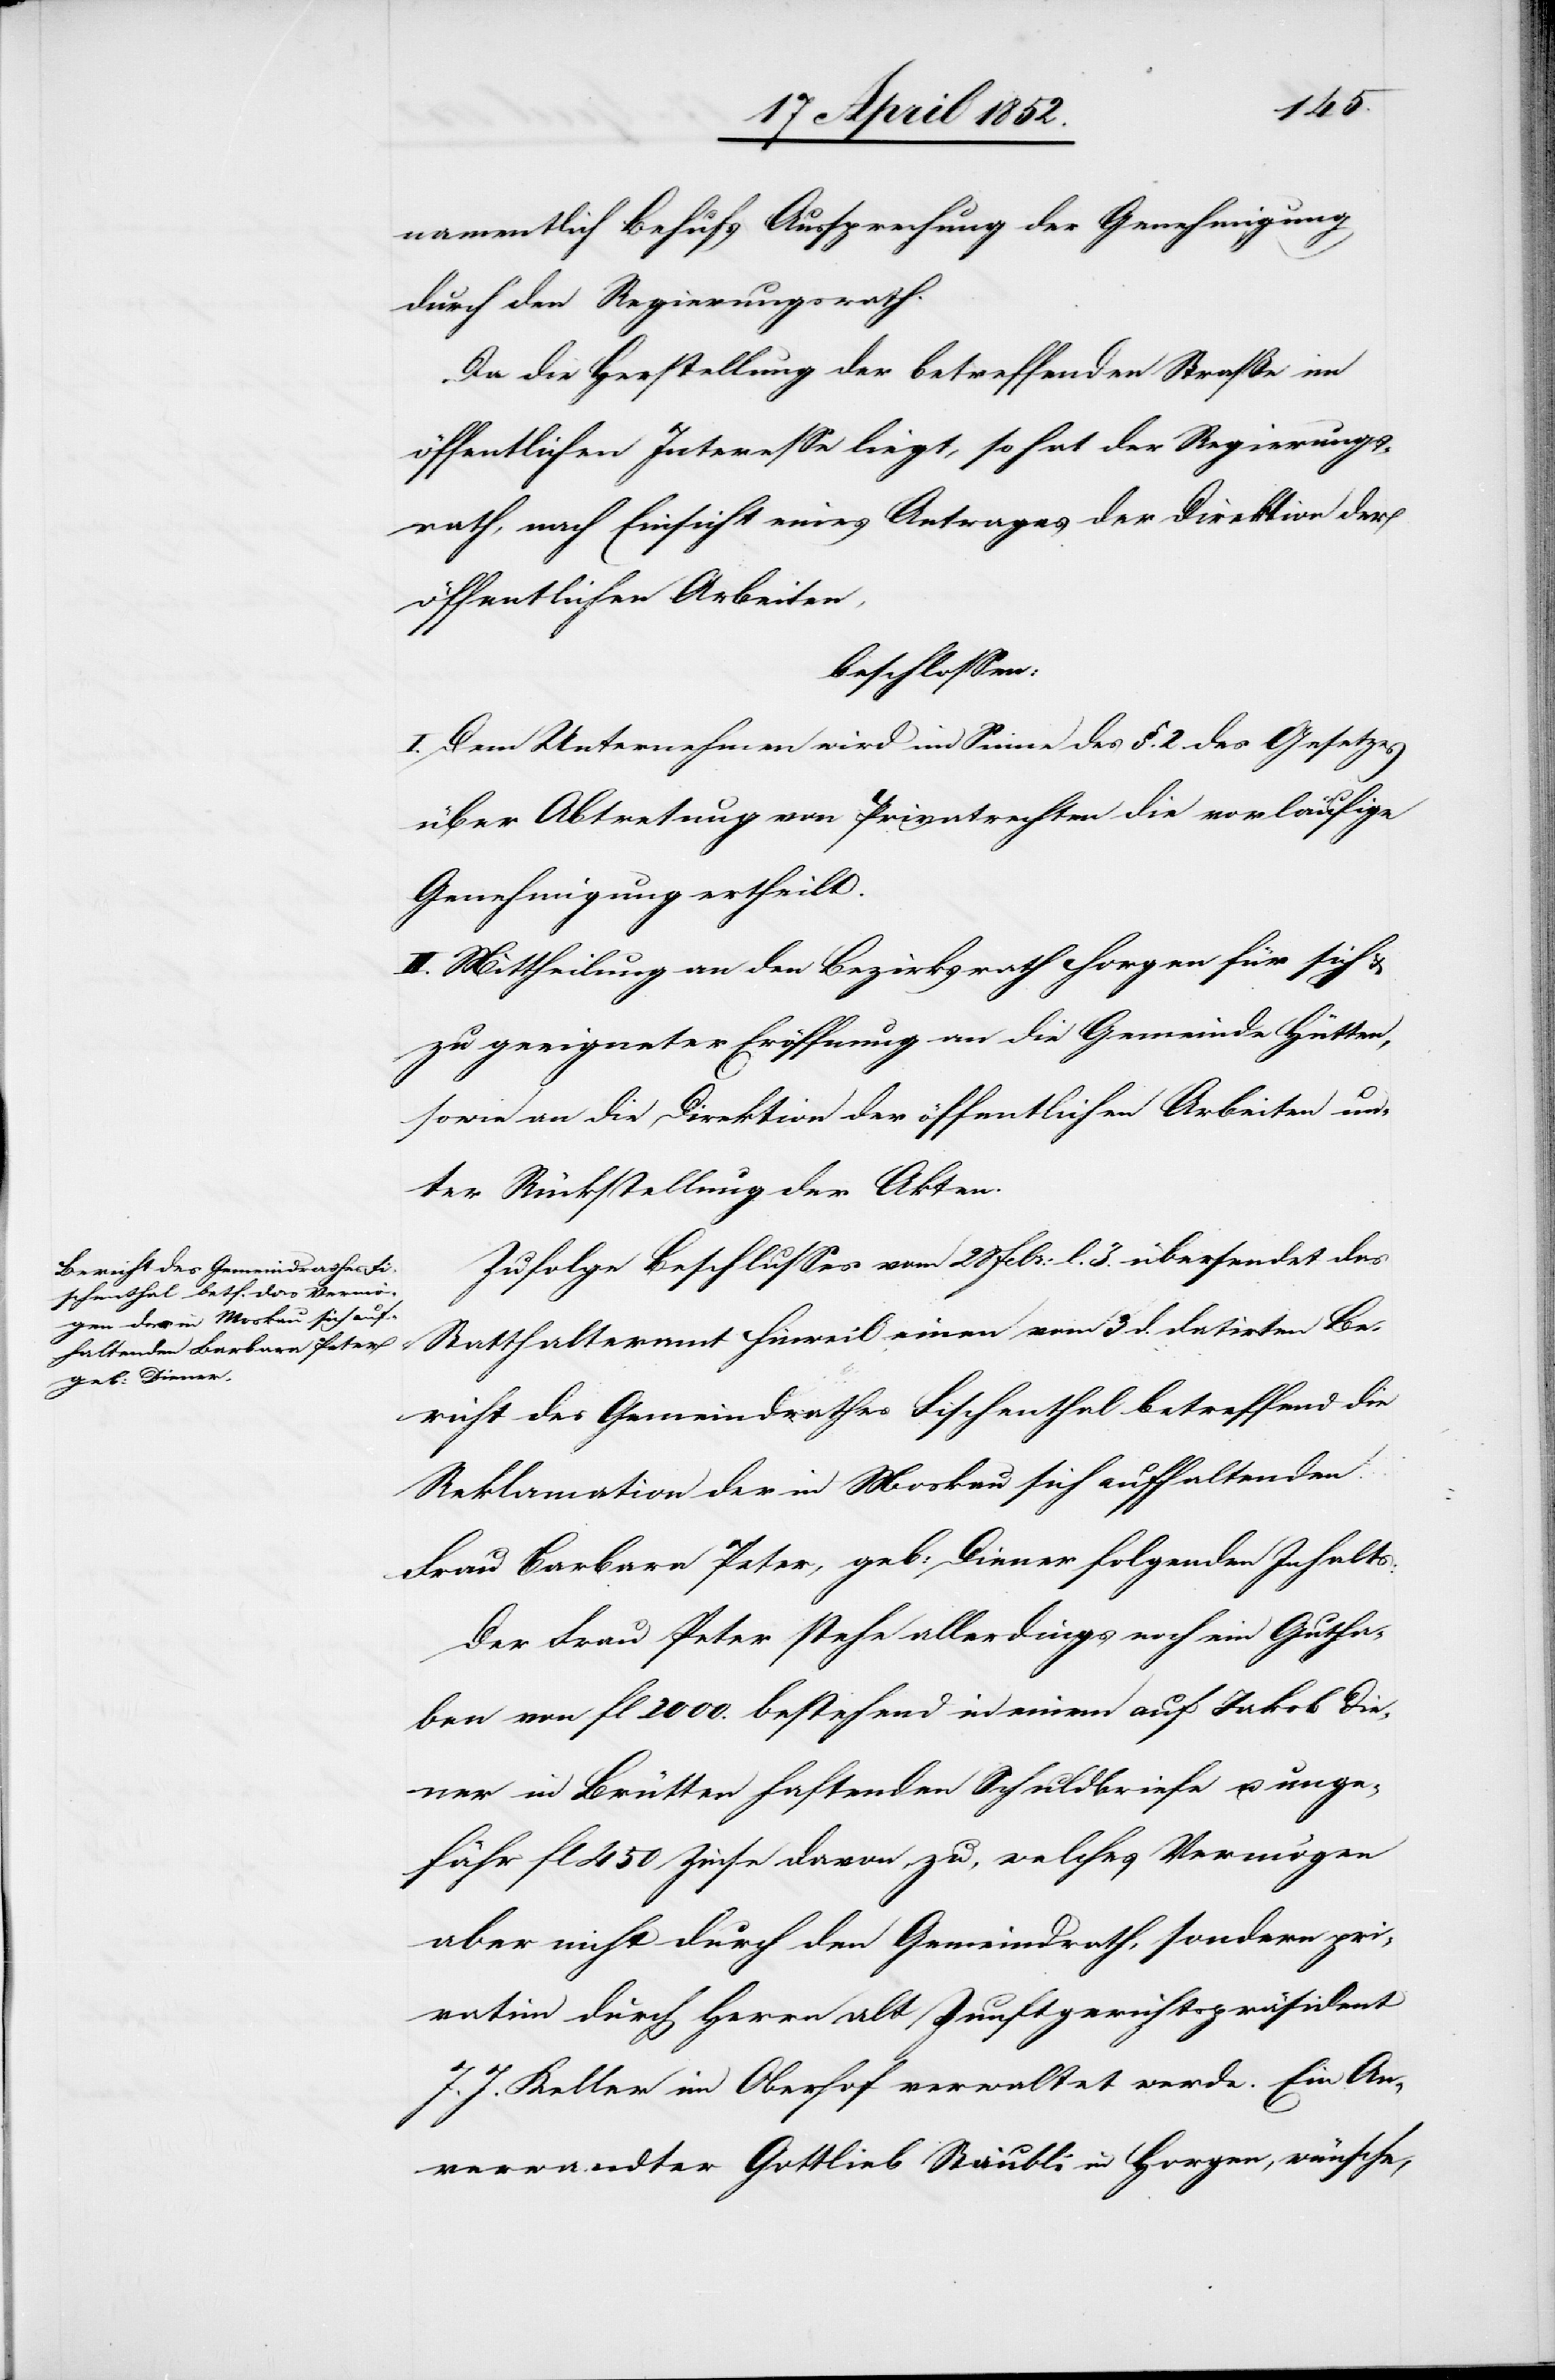
namentlich Behufs Aussprechung der Genehmigung
durch den Regierungsrath.
Da die Herstellung der betreffenden Straße im
öffentlichen Interesse liegt, so hat der Regierungs¬
rath, nach Einsicht eines Antrages der Direktion der
öffentlichen Arbeiten,
beschlossen:
I. Dem Unternehmen wird im Sinne des §. 2. des Gesetzes
über Abtretung von Privatrechten die vorläufige
Genehmigung ertheilt.
II. Mittheilung an den Bezirksrath Horgen für sich &
zu geeigneter Eröffnung an die Gemeinde Hütten,
sowie an die Direktion der öffentlichen Arbeiten un¬
ter Rückstellung der Akten.
Zufolge Beschlusses vom 28 Febr: l. J. übersendet das
Statthalteramt Hinweil einen vom 3 d. datirten Be¬
richt des Gemeindrathes Fischenthal betreffend die
Reklamation der in Moskau sich aufhaltenden
Frau Barbara Peter [sic!], geb: Diener folgenden Inhalts:
Der Frau Peter stehe allerdings noch ein Gutha¬
ben von fl 2000. bestehend in einem auf Jakob Die¬
ner in Brütten haftenden Schuldbriefe u. unge¬
fähr fl 450 Zinse davon zu, welches Vermögen
aber nicht durch den Gemeindrath, sondern pri¬
vatim durch Herrn alt Zunftgerichtspräsident
J. J. Keller in Oberhof verwaltet werde. Ein An¬
verwandter Gottlieb Stäubli in Horgen, wünsche,